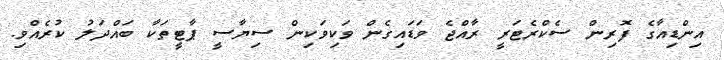
އިންޑިއާގެ ފޮރިން ސެކްރެޓަރީ ރާއްޖެ ވަޑައިގެން ވަކިވަކިން ސިޔާސީ ޕާޓީތަކާ ބައްދަލު ކުރެއްވި.